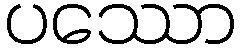
ပဿော